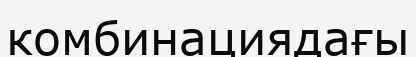
комбинациядағы